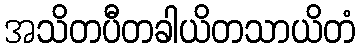
အသိတပီတခါယိတသာယိတံ